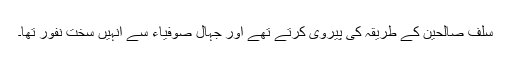
سلف صالحین کے طریقہ کی پیروی کرتے تھے اور جہال صوفیاء سے انہیں سخت نفور تھا۔